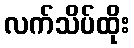
လက်သိပ်ထိုး